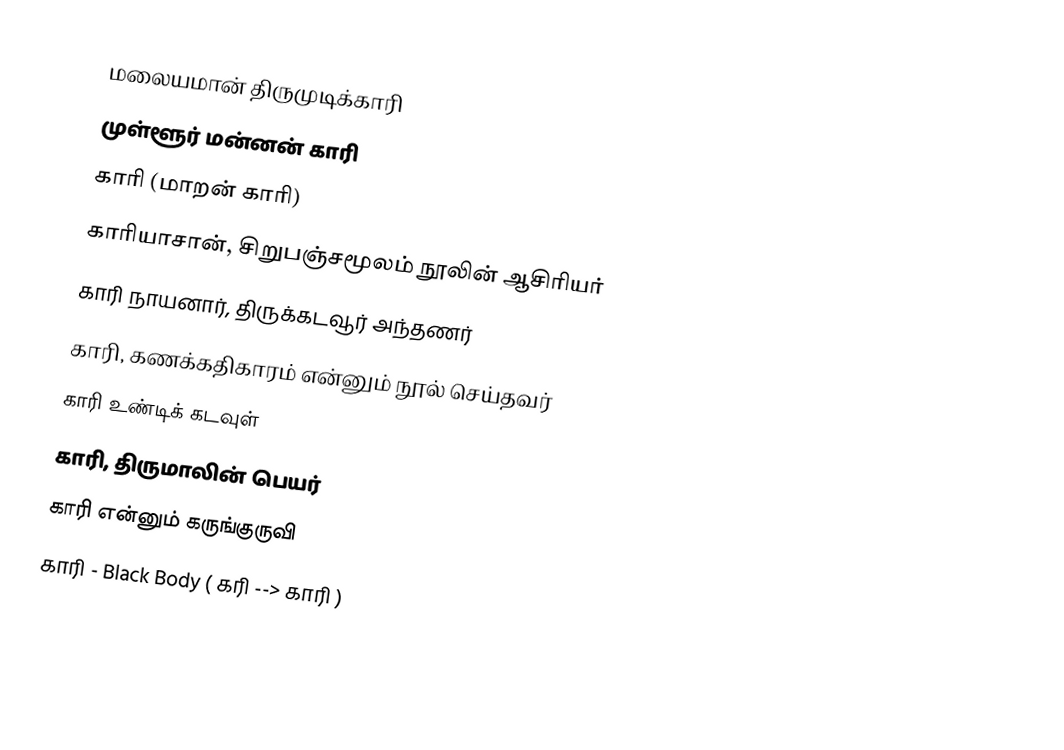
மலையமான் திருமுடிக்காரி
முள்ளூர் மன்னன் காரி
காரி (மாறன் காரி)
காரியாசான், சிறுபஞ்சமூலம் நூலின் ஆசிரியர்
காரி நாயனார், திருக்கடவூர் அந்தணர்
காரி, கணக்கதிகாரம் என்னும் நூல் செய்தவர்
காரி உண்டிக் கடவுள்
காரி, திருமாலின் பெயர்
காரி என்னும் கருங்குருவி
காரி - Black Body ( கரி --> காரி )